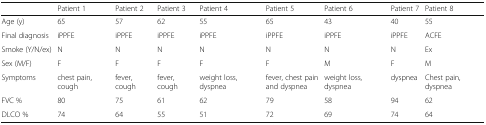
|  | Patient 1 | Patient 2 | Patient 3 | Patient 4 | Patient 5 | Patient 6 | Patient 7 | Patient 8 |
 | --- | --- | --- | --- | --- | --- | --- | --- | --- |
 | Age (y) | 65 | 57 | 62 | 55 | 65 | 43 | 40 | 55 |
 | Final diagnosis | iPPFE | iPPFE | iPPFE | iPPFE | iPPFE | iPPFE | iPPFE | ACFE |
 | Smoke (Y/N/ex) | N | N | N | N | N | N | N | Ex |
 | Sex (M/F) | F | F | F | F | F | M | F | M |
 | Symptoms | chest pain, cough | fever, cough | fever, cough | weight loss, dyspnea | fever, chest pain and dyspnea | weight loss, dyspnea | dyspnea | Chest pain, dyspnea |
 | FVC % | 80 | 75 | 61 | 62 | 79 | 58 | 94 | 62 |
 | DLCO % | 74 | 64 | 55 | 51 | 72 | 69 | 74 | 64 |